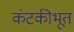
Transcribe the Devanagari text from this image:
कंटकीभूत